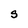
Character: S